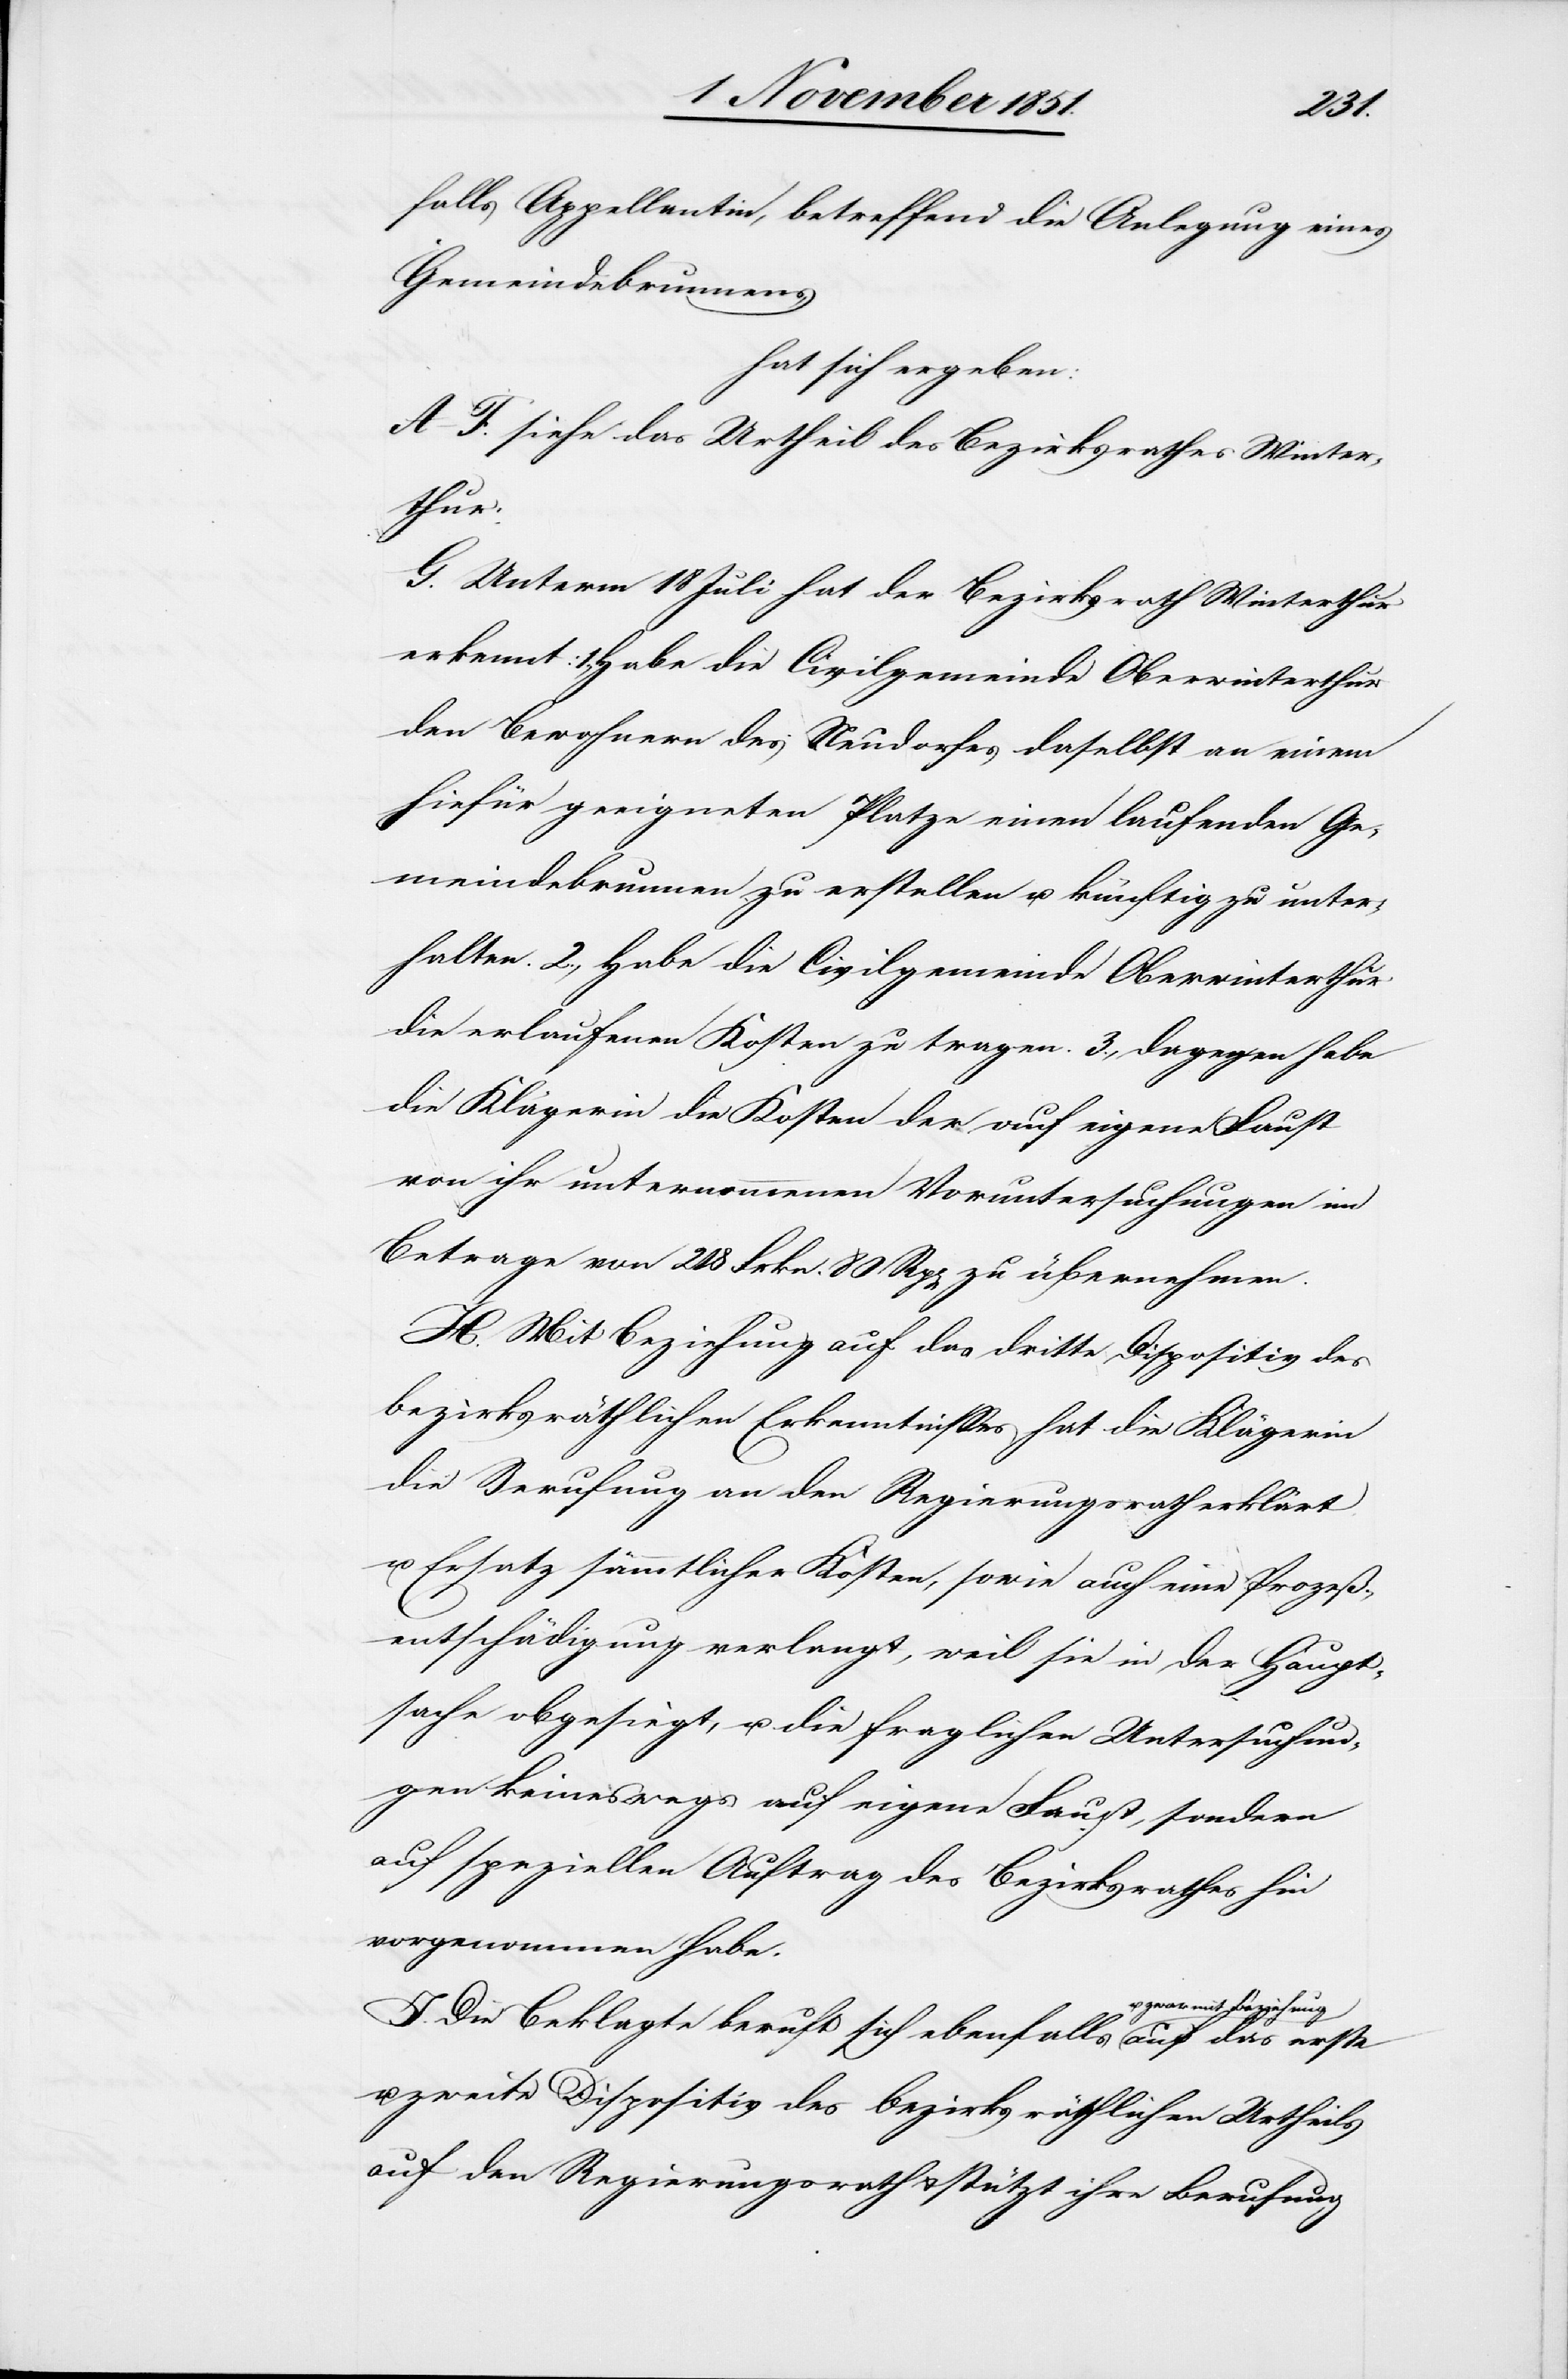
erste
falls Appellantin, betreffend die Anlegung eines
Gemeindebrunnens,
hat sich ergeben:
A–F. siehe das Urtheil des Bezirksrathes Winter¬
u.
G. Unterm 18 Juli hat der Bezirksrath Winterthur
erkennt: 1., Habe die Civilgemeinde Oberwinterthur
den Bewohnern des Neudorfes daselbst an einem
hiefür geeigneten Platze einen laufenden Ge¬
meindebrunnen zu erstellen u. künftig zu unter¬
halten. 2., Habe die Civilgemeinde Oberwinterthur
die erlaufenen Kosten zu tragen. 3., Dagegen habe
die Klägerin die Kosten der auf eigene Faust
von ihr unternommenen Voruntersuchungen im
Betrage von 218 Frkn. 80 Rp[en] zu übernehmen.
H. Mit Beziehung auf das dritte Dispositiv des
bezirksräthlichen Erkenntnisses hat die Klägerin
die Berufung an den Regierungsrath erklärt
u. Ersatz sämmtlicher Kosten, sowie auch eine Prozeß¬
entschädigung verlangt, weil sie in der Haupt¬
sache obgesiegt, u. die fraglichen Untersuchun¬
gen keineswegs auf eigene Faust, sondern
auf speziellen Auftrag des Bezirksrathes hin
vorgenommen habe.
I. Die Beklagte beruft sich ebenfalls u. zwar mit
zweite Dispositiv des bezirksräthlichen Urtheils
auf den Regierungsrath & stützt ihre Berufung